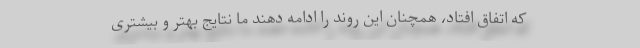
که اتفاق افتاد، همچنان این روند را ادامه دهند ما نتایج بهتر و بیشتری